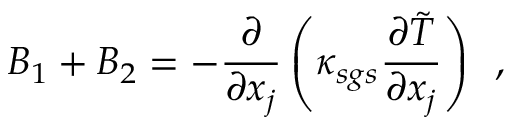
B _ { 1 } + B _ { 2 } = - \frac { \partial } { \partial x _ { j } } \left( \kappa _ { s g s } \frac { \partial \tilde { T } } { \partial x _ { j } } \right) \, \mathrm { ~ , ~ }